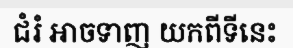
ជំរំ អាចទាញ យកពីទីនេះ